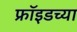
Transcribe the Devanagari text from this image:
फ्राॅइडच्या